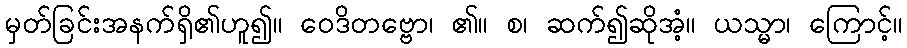
မှတ်ခြင်းအနက်ရှိ၏ဟူ၍။ ဝေဒိတဗ္ဗော၊ ၏။ စ၊ ဆက်၍ဆိုအံ့။ ယသ္မာ၊ ကြောင့်။